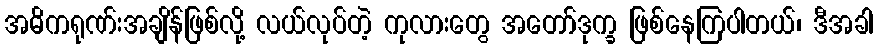
အဓိကရုဏ်းအချိန်ဖြစ်လို့ လယ်လုပ်တဲ့ ကုလားတွေ အတော်ဒုက္ခ ဖြစ်နေကြပါတယ်၊ ဒီအခါ